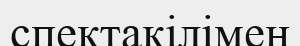
спектакілімен